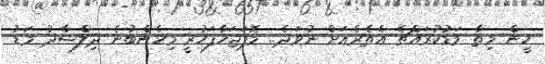
ހީން މިތާ މަޑުކުރައްޗެ އެތެރެއަށް ނުވަދެ.. މޮޕަޖަހާފަހުރީ މިހެންބުނެ ދިލްޝާދު މަޑު